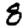
Digit: 8